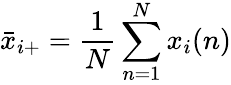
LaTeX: \bar{x}_{i+}=\frac 1N\sum_{n=1}^{N}x_{i}(n)